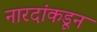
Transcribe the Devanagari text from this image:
नारदांकडून